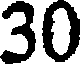
30